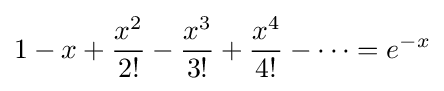
1-x+{\frac {x^{2}}{2!}}-{\frac {x^{3}}{3!}}+{\frac {x^{4}}{4!}}-\cdots =e^{-x}